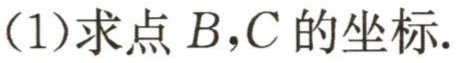
(1)求点 \(B,C\) 的坐标.